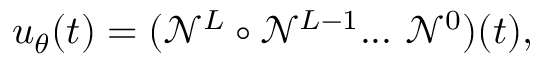
{ u _ { \theta } } ( t ) = ( \mathcal { N } ^ { L } \circ \mathcal { N } ^ { L - 1 } . . . \ \mathcal { N } ^ { 0 } ) ( t ) ,